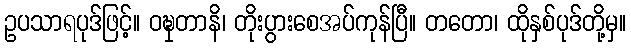
ဥပသာရပုဒ်ဖြင့်။ ဝဍ္ဎှတာနိ၊ တိုးပွားစေအပ်ကုန်ပြီ။ တတော၊ ထိုနှစ်ပုဒ်တို့မှ။